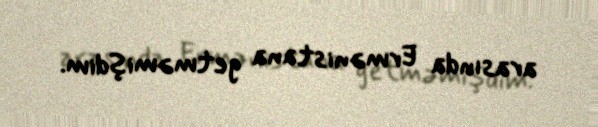
arasında Ermənistana getməmişdim.